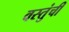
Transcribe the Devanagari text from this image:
वस्तुंची